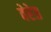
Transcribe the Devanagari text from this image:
वेरेत